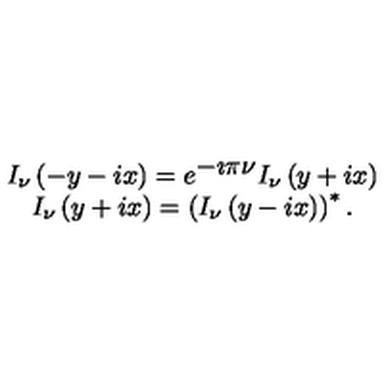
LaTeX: \begin{array} { c } { I _ { \nu } \left( - y - i x \right) = e ^ { \displaystyle { - \imath \pi \nu } } I _ { \nu } \left( y + i x \right) } \\ { I _ { \nu } \left( y + i x \right) = \left( I _ { \nu } \left( y - i x \right) \right) ^ { * } . } \\ \end{array}